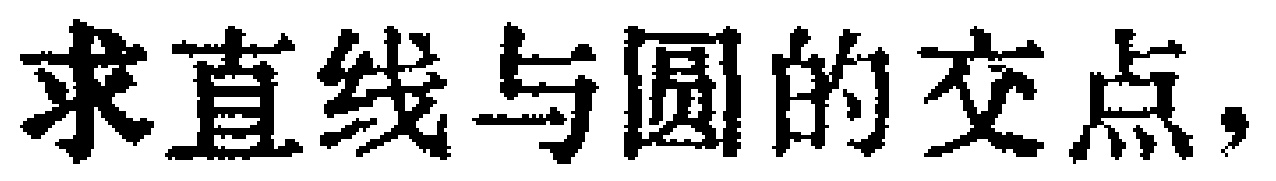
求直线与圆的交点，